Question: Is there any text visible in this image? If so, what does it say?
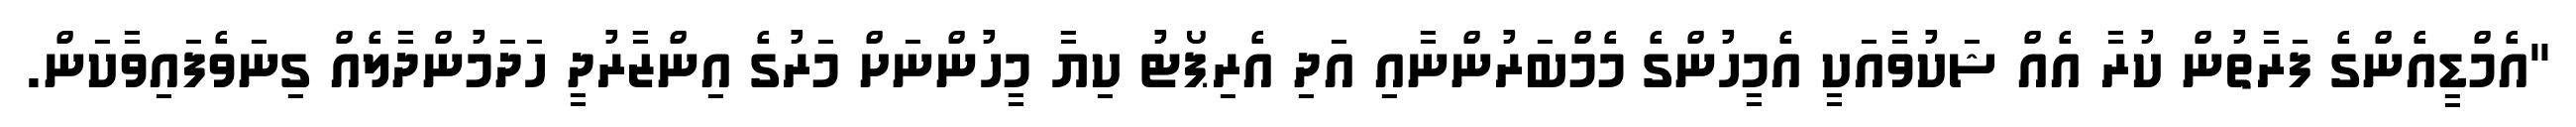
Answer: "އެމްޑީއެންގެ ފަރާތުން ކުރާ އެއް ޝަކުވާއަކީ އެމީހުންގެ މެމްބަރުންނާއި އަދި އެރިޕޯޓު ކިޔާ މީހުންނަށް މަރުގެ އިންޒާރުދީ ހަދަމުންދާލެއް ގިނަވެފައިވާކަން.